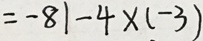
= - 8 1 - 4 \times ( - 3 )